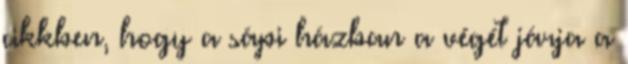
cikkben, hogy a sápi házban a végét járja a